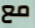
مع